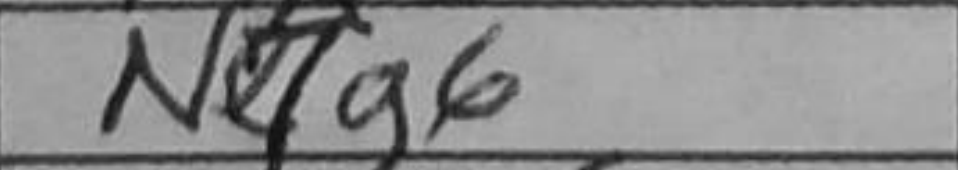
Transcription: N7g6